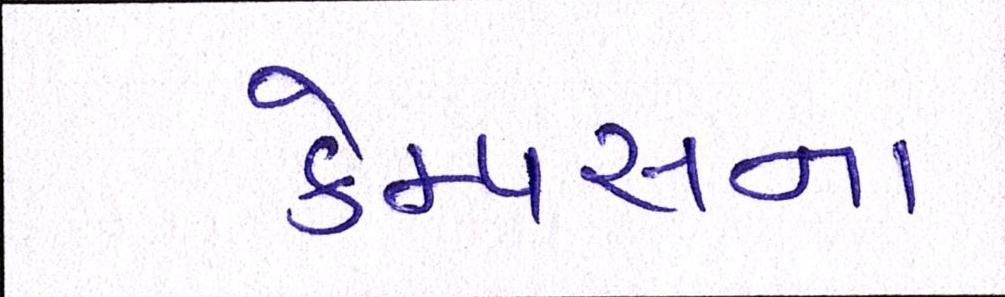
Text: કેમ્પસના